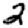
Digit: 2